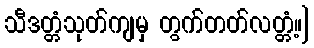
သီဒတ္တံသုတ်ကျမှ တွက်တတ်လတ္တံ့။]